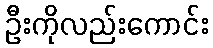
ဦးကိုလည်းကောင်း